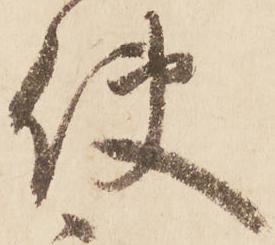
使